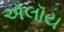
ઍલૉય